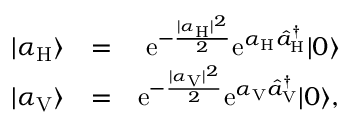
\begin{array} { r l r } { | \alpha _ { \mathrm { H } } \rangle } & { = } & { \mathrm { e } ^ { - \frac { | \alpha _ { \mathrm { H } } | ^ { 2 } } { 2 } } \mathrm { e } ^ { \alpha _ { \mathrm { H } } \hat { a } _ { \mathrm { H } } ^ { \dagger } } | 0 \rangle } \\ { | \alpha _ { \mathrm { V } } \rangle } & { = } & { \mathrm { e } ^ { - \frac { | \alpha _ { \mathrm { V } } | ^ { 2 } } { 2 } } \mathrm { e } ^ { \alpha _ { \mathrm { V } } \hat { a } _ { \mathrm { V } } ^ { \dagger } } | 0 \rangle , } \end{array}